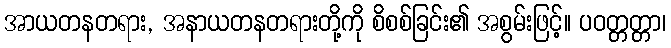
အာယတနတရား, အနာယတနတရားတို့ကို စိစစ်ခြင်း၏ အစွမ်းဖြင့်။ ပဝတ္တတ္တာ၊